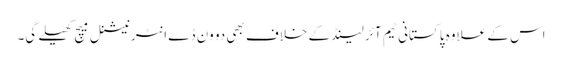
اس کے علاوہ پاکستانی ٹیم آئرلینڈ کے خلاف بھی دو ون ڈے انٹرنیشنل میچ کھیلے گی۔